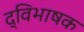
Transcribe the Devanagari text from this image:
द्विभाषक